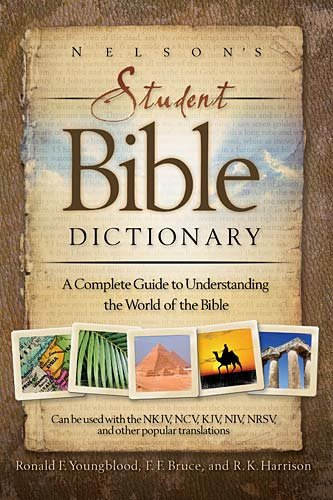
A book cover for Nelson's Student Bible Dictionary: A Complete Guide to Understanding the World of the Bible; Christian Books & Bibles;